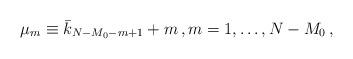
LaTeX: \begin{align*}\mu_m \equiv \bar{k}_{N-M_0 - m+1} + m \, , m=1,\ldots,N-M_0 \, ,\end{align*}